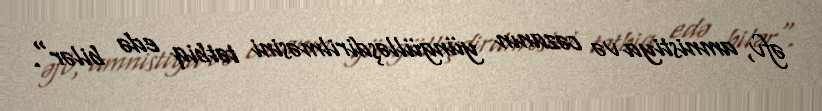
əfv, amnistiya və cəzanın yüngülləşdirilməsini tətbiq edə bilər".